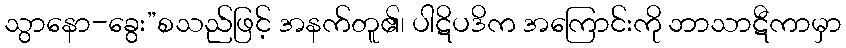
သွာနော-ခွေး”စသည်ဖြင့် အနက်တူ၏၊ ပါဋိပဒိက အကြောင်းကို ဘာသာဋီကာမှာ